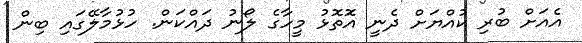
އެއަށް ބުރި ކުއްޔަށް ދެނީ އަޮތޮޅު މީހާގެ ލޯނު ދައްކަން. ހުޅުމާލޭގައި ބިން